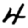
Digit: 4